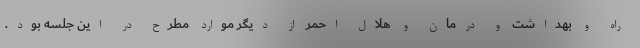
راه و بهداشت و درمان و هلال احمر از دیگر موارد مطرح در این جلسه بود.